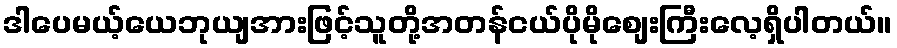
ဒါပေမယ့်ယေဘုယျအားဖြင့်သူတို့အတန်ငယ်ပိုမိုစျေးကြီးလေ့ရှိပါတယ်။